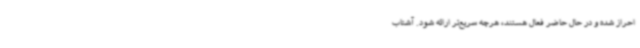
احراز شده و در حال حاضر فعال هستند، هرچه سریع‌تر ارائه شود. آشتاب